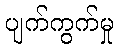
ပျက်ကွက်မှု